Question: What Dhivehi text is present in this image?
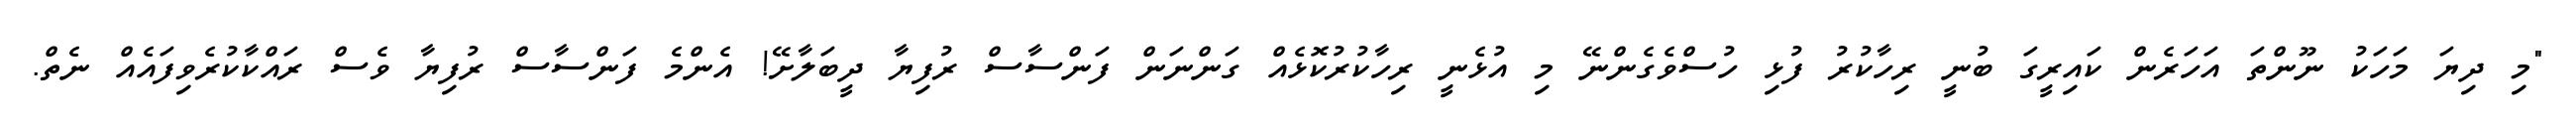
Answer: "މި ދިޔަ މަހަކު ނޫންތަ އަހަރެން ކައިރީގަ ބުނީ ރިހާކުރު ފުޅި ހުސްވެގެންނޭ މި އުޅެނީ ރިހާކުރުކޮޅެއް ގަންނަން ފަންސާސް ރުފިޔާ ދީބަލާށޭ! އެންމެ ފަންސާސް ރުފިޔާ ވެސް ރައްކާކުރެވިފައެއް ނެތް.